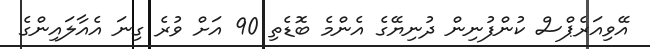
އޭވިއަރެޕްސް ކުންފުނިން ދުނިޔޭގެ އެންމެ ބޮޑެތި 90 އަށް ވުރެ ގިނަ އެއާލައިންގެ